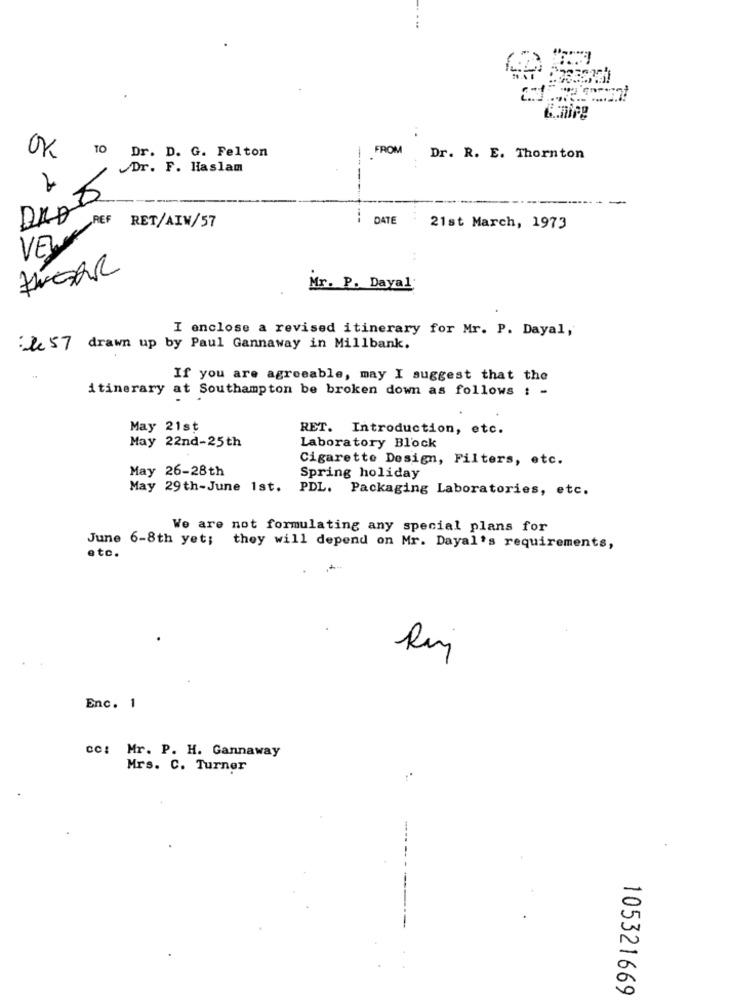
TO
Dr. D. G. Felton
FROM
OK
Dr. R. E. Thornton
Dr. F. Haslam
-----!!
5
DAD
REF
DATE
RET/AIW/57
21st March, 1973
VEWY
theAR
Mr. P. Dayal
I enclose a revised itinerary for Mr. P. Dayal,
: le 57 drawn up by Paul Gannaway in Millbank.
If you are agreeable, may I suggest that the
itinerary at Southampton be broken down as follows : -
May 21st
RET. Introduction, etc.
May 22nd-25th
Laboratory Block
Cigarette Design, Filters, etc.
May 26-28th
Spring holiday
May 29th-June 1st. PDL. Packaging Laboratories, etc.
We are not formulating any special plans for
June 6-8th yet;
they will depend on Mr. Dayal's requirements,
etc.
Enc. 1
cc: Mr. P. H. Gannaway
Mrs. C. Turner
105321669